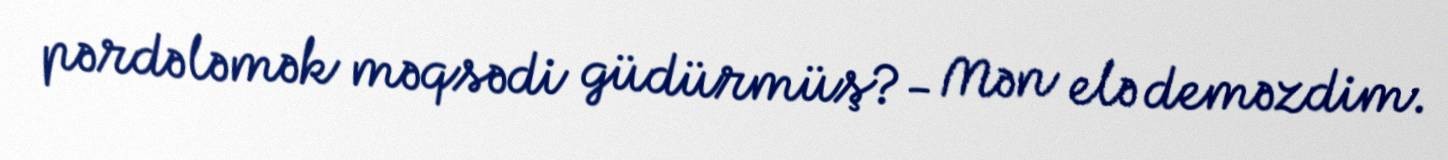
pərdələmək məqsədi güdürmüş?- Mən elə deməzdim.